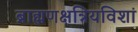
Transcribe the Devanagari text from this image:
ब्राह्मणक्षत्रियविशां